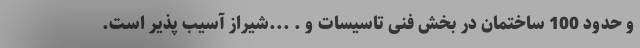
و حدود 100 ساختمان در بخش فنی تاسیسات و . ...شیراز آسیب پذیر است.